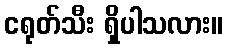
ငရုတ်သီး ရှိပါသလား။